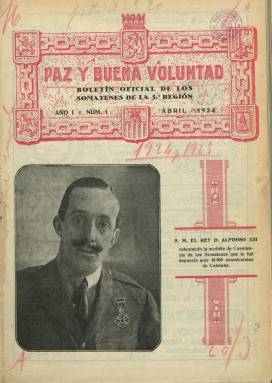
Título: Paz y buena voluntad
Otros títulos: Boletín oficial de los Somatenes de la 5ª Región
Colección: Fuerzas del orden
Ámbito geográfico: Zaragoza
Lugar de publicación: Zaragoza
Fechas: 01/04/1924-31/12/1929

Tras este título que parece cobijar una publicación de índole religiosa se halla en realidad una institución, el Somatén, que refleja el ambiente de violencia social que se vivió en España en la segunda década del siglo XX. Los somatenes eran cuerpos parapoliciales organizados por los propietarios para actuar en huelgas y manifestaciones contra los obreros de ideología revolucionaria.

  En Barcelona, donde antes no existía pese a tratarse de una institución catalana medieval predominantemente rural, se creó en 1919 el Somatén a raíz de la lucha entre la patronal y la clase obrera con motivo de la huelga de La Canadiense. A partir de ese año se forma también en Zaragoza y en Madrid. En 1923, la dictadura de Primo de Rivera extiende la institución a todas las provincias españolas creando el Somatén nacional.

  Paz y buena voluntad es el boletín oficial de los somatenes de la 5º Región, que comprendía las provincias de Aragón -Zaragoza, Huesca y Teruel- las provincias castellanas de Soria y Guadalajara y la provincia valenciana de Castellón. Era editado en Zaragoza y el primer número salió en abril de 1924 con una foto en su cubierta del rey Alfonso XIII como testimonio del apoyo del monarca a esta institución.

  Los somatenes, aunque organizaciones civiles, estaban fuertemente jerarquizados y su mando correspondía a un jefe militar. El comandante general del somatén de la 5º Región era el general de brigada Daniel Manso, quien en el primer número de la publicación define así la institución: ‘Nacional Cruzada de hombres honrados y de buena voluntad, encargados del sostenimiento de la paz у de oponer ideales patrióticos у buenos а los odiosos y exaltados que amenazan la tranquilidad de España’.

  Este somatén constaba entonces de 14.000 miembros, y pasaban ya de 150.000 los afiliados al Somatén nacional, lo que hacía de esta organización un ejército paralelo.

   La publicación recogía disposiciones y normas oficiales, información sobre la vida interna del somatén, así como de los del resto de España y artículos de fondo sobre la finalidad de la organización. De contenido fuertemente tradicional, en las cubiertas de cada número pueden verse fotografías de miembros de la familia real, imágenes de la Virgen o autoridades militares. Destaca la de febrero de 1926, con una foto de los héroes del Plus Ultra, la aventura del hidroavión que cruzó el Atlántico.

    Dentro de la región, cada somatén local tenía una bandera y la ceremonia de bendición de la misma con la madrina del somatén era una de las informaciones más comunes de cada número.

   De periodicidad mensual, la paginación del boletín variaba de mes a mes, con una media de 20 páginas, aunque hubo números que pasaron de las 40 páginas. Había bastantes anuncios por lo general, sin que faltaran los de establecimientos de venta de armas, dado que lógicamente los miembros del somatén debían ir armados.

   El último boletín que posee la BNE es de diciembre de 1929 y no parece que hubiera más, dado que la dictadura de Primo de Rivera, que había alentado los somatenes, estaba ya a punto de desaparecer.

 Sobre el Somatén en general se puede consultar online la tesis doctoral de Rosa María Martínez Segarra titulada: “El somatén nacional en la dictadura del general Primo de Rivera” (facultad de Geografía e Historia de la Universidad Complutense de Madrid).

[Descripción publicada el 17/08/2022]